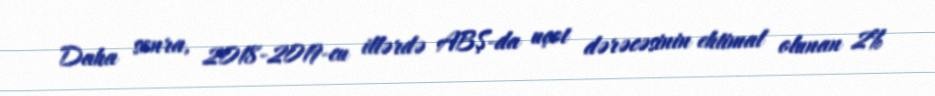
Daha sonra, 2018-2019-cu illərdə ABŞ-da uçot dərəcəsinin ehtimal olunan 2%